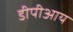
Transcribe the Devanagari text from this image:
डीपीआय